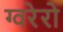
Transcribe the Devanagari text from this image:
ग्वरेरो